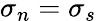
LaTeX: \sigma_{n}=\sigma_{s}